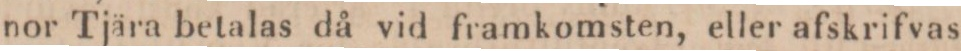
nor Tjära betalas då vid framkomsten, eller afskrifvas